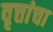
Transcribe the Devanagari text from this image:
वृत्तांचा